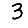
Digit: 3